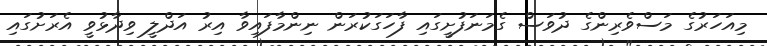
މިއަހަރުގެ މަސްވެރިންގެ ދުވަސް ގެމަނަފުށީގައި ފާހަގަކުރަން ނިންމާފައިވާ އިރު އަދްލީ ވިދާޅުވީ އެރަށުގައި